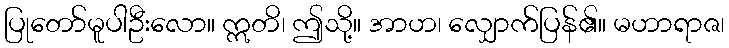
ပြုတော်မူပါဦးလော။ ဣတိ၊ ဤသို့။ အာဟ၊ လျှောက်ပြန်၏။ မဟာရာဇ၊